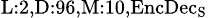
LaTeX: _{\textrm{L}:2,\textrm{D}:96,\textrm{M}:10,\textrm{EncDec}_{\textrm{S}}}